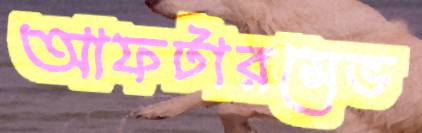
আফটারসেভ